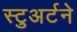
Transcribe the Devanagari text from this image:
स्टुअर्टने